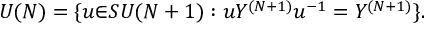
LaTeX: U ( N ) = \{ u { \in } S U ( N + 1 ) : u Y ^ { ( N + 1 ) } u ^ { - 1 } = Y ^ { ( N + 1 ) } \} .